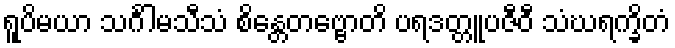
ရူပိမယာ သင်္ဂါမသီသံ စိန္တေတဗ္ဗောတိ ပရဒတ္တူပဇီဝီ သံဃရက္ခိတံ